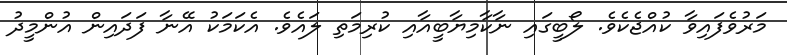
މަރުވެފައިވާ ކުއްޖެކެވެ. ލޯބީގައި ނާކާމިޔާބީއާއި ކުރިމަތި ލައެވެ. އެކަމަކު އޭނާ ފަދައިން އުންމީދު